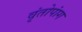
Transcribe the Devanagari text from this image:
वृंतोपांग